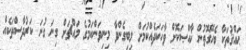
ޙައްޤުތަކާ ބެހޭގޮތުން ޚާއްޞަކޮށް ވާހަކަދެއްކުމަށް ލިބިގެންވާ މިނިވަންކަމުގެ މައްޗަށް ގިނަ ގުނަ ކަރުދާސްތަކެއް